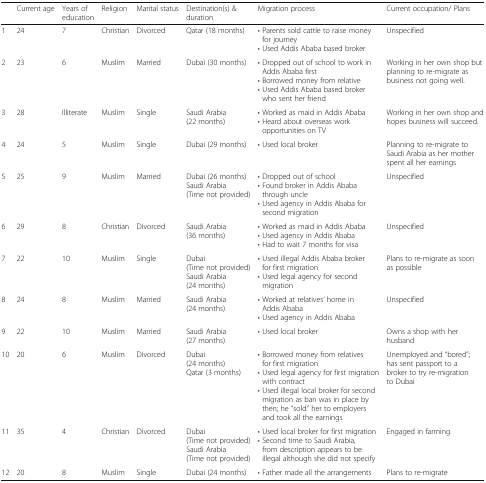
<table><thead><tr><td></td><td><b>Current age</b></td><td><b>Years of education</b></td><td><b>Religion</b></td><td><b>Marital status</b></td><td><b>Destination(s) &amp; duration</b></td><td><b>Migration process</b></td><td><b>Current occupation/ Plans</b></td></tr></thead><tbody><tr><td>1</td><td>24</td><td>7</td><td>Christian</td><td>Divorced</td><td>Qatar (18 months)</td><td>• Parents sold cattle to raise money for journey• Used Addis Ababa based broker</td><td>Unspecified</td></tr><tr><td>2</td><td>23</td><td>6</td><td>Muslim</td><td>Married</td><td>Dubai (30 months)</td><td>• Dropped out of school to work in Addis Ababa first• Borrowed money from relative• Used Addis Ababa based broker who sent her friend</td><td>Working in her own shop but planning to re-migrate as business not going well.</td></tr><tr><td>3</td><td>28</td><td>Illiterate</td><td>Muslim</td><td>Single</td><td>Saudi Arabia (22 months)</td><td>• Worked as maid in Addis Ababa• Heard about overseas work opportunities on TV</td><td>Working in her own shop and hopes business will succeed.</td></tr><tr><td>4</td><td>24</td><td>5</td><td>Muslim</td><td>Single</td><td>Dubai (29 months)</td><td>• Used local broker</td><td>Planning to re-migrate to Saudi Arabia as her mother spent all her earnings</td></tr><tr><td>5</td><td>25</td><td>9</td><td>Muslim</td><td>Married</td><td>Dubai (26 months)Saudi Arabia (Time not provided)</td><td>• Dropped out of school• Found broker in Addis Ababa through uncle• Used agency in Addis Ababa for second migration</td><td>Unspecified</td></tr><tr><td>6</td><td>29</td><td>8</td><td>Christian</td><td>Divorced</td><td>Saudi Arabia(36 months)</td><td>• Worked as maid in Addis Ababa• Used agency in Addis Ababa• Had to wait 7 months for visa</td><td>Unspecified</td></tr><tr><td>7</td><td>22</td><td>10</td><td>Muslim</td><td>Single</td><td>Dubai (Time not provided)Saudi Arabia (24 months)</td><td>• Used illegal Addis Ababa broker for first migration• Used legal agency for second migration</td><td>Plans to re-migrate as soon as possible</td></tr><tr><td>8</td><td>24</td><td>8</td><td>Muslim</td><td>Married</td><td>Saudi Arabia (24 months)</td><td>• Worked at relatives’ home in Addis Ababa• Used agency in Addis Ababa</td><td>Unspecified</td></tr><tr><td>9</td><td>22</td><td>10</td><td>Muslim</td><td>Married</td><td>Saudi Arabia (27 months)</td><td>• Used local broker</td><td>Owns a shop with her husband</td></tr><tr><td>10</td><td>20</td><td>6</td><td>Muslim</td><td>Divorced</td><td>Dubai (24 months)Qatar (3 months)</td><td>• Borrowed money from relatives for first migration• Used legal agency for first migration with contract• Used illegal local broker for second migration as ban was in place by then; he “sold” her to employers and took all the earnings</td><td>Unemployed and “bored”; has sent passport to a broker to try re-migration to Dubai</td></tr><tr><td>11</td><td>35</td><td>4</td><td>Christian</td><td>Divorced</td><td>Dubai (Time not provided)Saudi Arabia (Time not provided)</td><td>• Used local broker for first migration• Second time to Saudi Arabia, from description appears to be illegal although she did not specify</td><td>Engaged in farming</td></tr><tr><td>12</td><td>20</td><td>8</td><td>Muslim</td><td>Single</td><td>Dubai (24 months)</td><td>• Father made all the arrangements</td><td>Plans to re-migrate</td></tr></tbody></table>